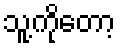
သူ့ကိုတော့